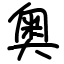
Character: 奥